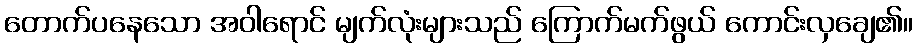
တောက်ပနေသော အဝါရောင် မျက်လုံးများသည် ကြောက်မက်ဖွယ် ကောင်းလှချေ၏။